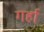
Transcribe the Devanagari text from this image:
गर्हा